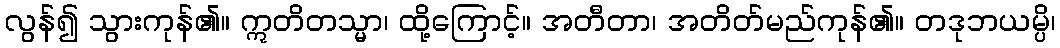
လွန်၍ သွားကုန်၏။ ဣတိတသ္မာ၊ ထို့ကြောင့်။ အတီတာ၊ အတိတ်မည်ကုန်၏။ တဒုဘယမ္ပိ၊